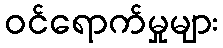
ဝင်ရောက်မှုများ